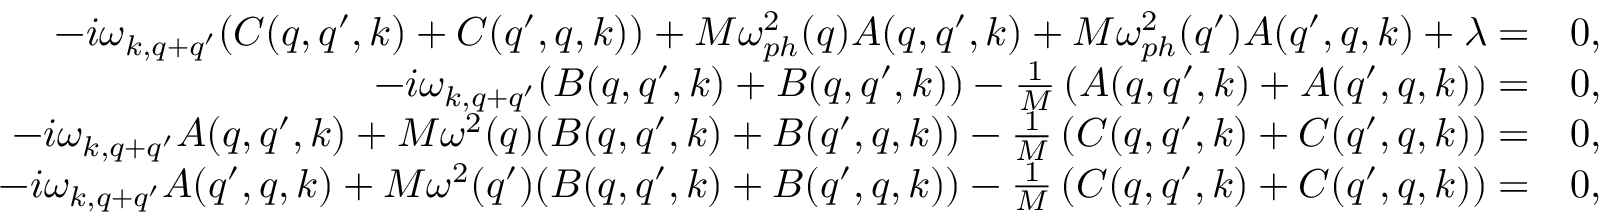
\begin{array} { r l } { - i \omega _ { k , q + q ^ { \prime } } ( C ( q , q ^ { \prime } , k ) + C ( q ^ { \prime } , q , k ) ) + M \omega _ { p h } ^ { 2 } ( q ) A ( q , q ^ { \prime } , k ) + M \omega _ { p h } ^ { 2 } ( q ^ { \prime } ) A ( q ^ { \prime } , q , k ) + \lambda = } & { 0 , } \\ { - i \omega _ { k , q + q ^ { \prime } } ( B ( q , q ^ { \prime } , k ) + B ( q , q ^ { \prime } , k ) ) - \frac { 1 } { M } \left( A ( q , q ^ { \prime } , k ) + A ( q ^ { \prime } , q , k ) \right) = } & { 0 , } \\ { - i \omega _ { k , q + q ^ { \prime } } A ( q , q ^ { \prime } , k ) + M \omega ^ { 2 } ( q ) ( B ( q , q ^ { \prime } , k ) + B ( q ^ { \prime } , q , k ) ) - \frac { 1 } { M } \left( C ( q , q ^ { \prime } , k ) + C ( q ^ { \prime } , q , k ) \right) = } & { 0 , } \\ { - i \omega _ { k , q + q ^ { \prime } } A ( q ^ { \prime } , q , k ) + M \omega ^ { 2 } ( q ^ { \prime } ) ( B ( q , q ^ { \prime } , k ) + B ( q ^ { \prime } , q , k ) ) - \frac { 1 } { M } \left( C ( q , q ^ { \prime } , k ) + C ( q ^ { \prime } , q , k ) \right) = } & { 0 , } \end{array}